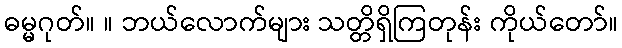
ဓမ္မဂုတ်။ ။ ဘယ်လောက်များ သတ္တိရှိကြတုန်း ကိုယ်တော်။